Riigikantselei, lk 302
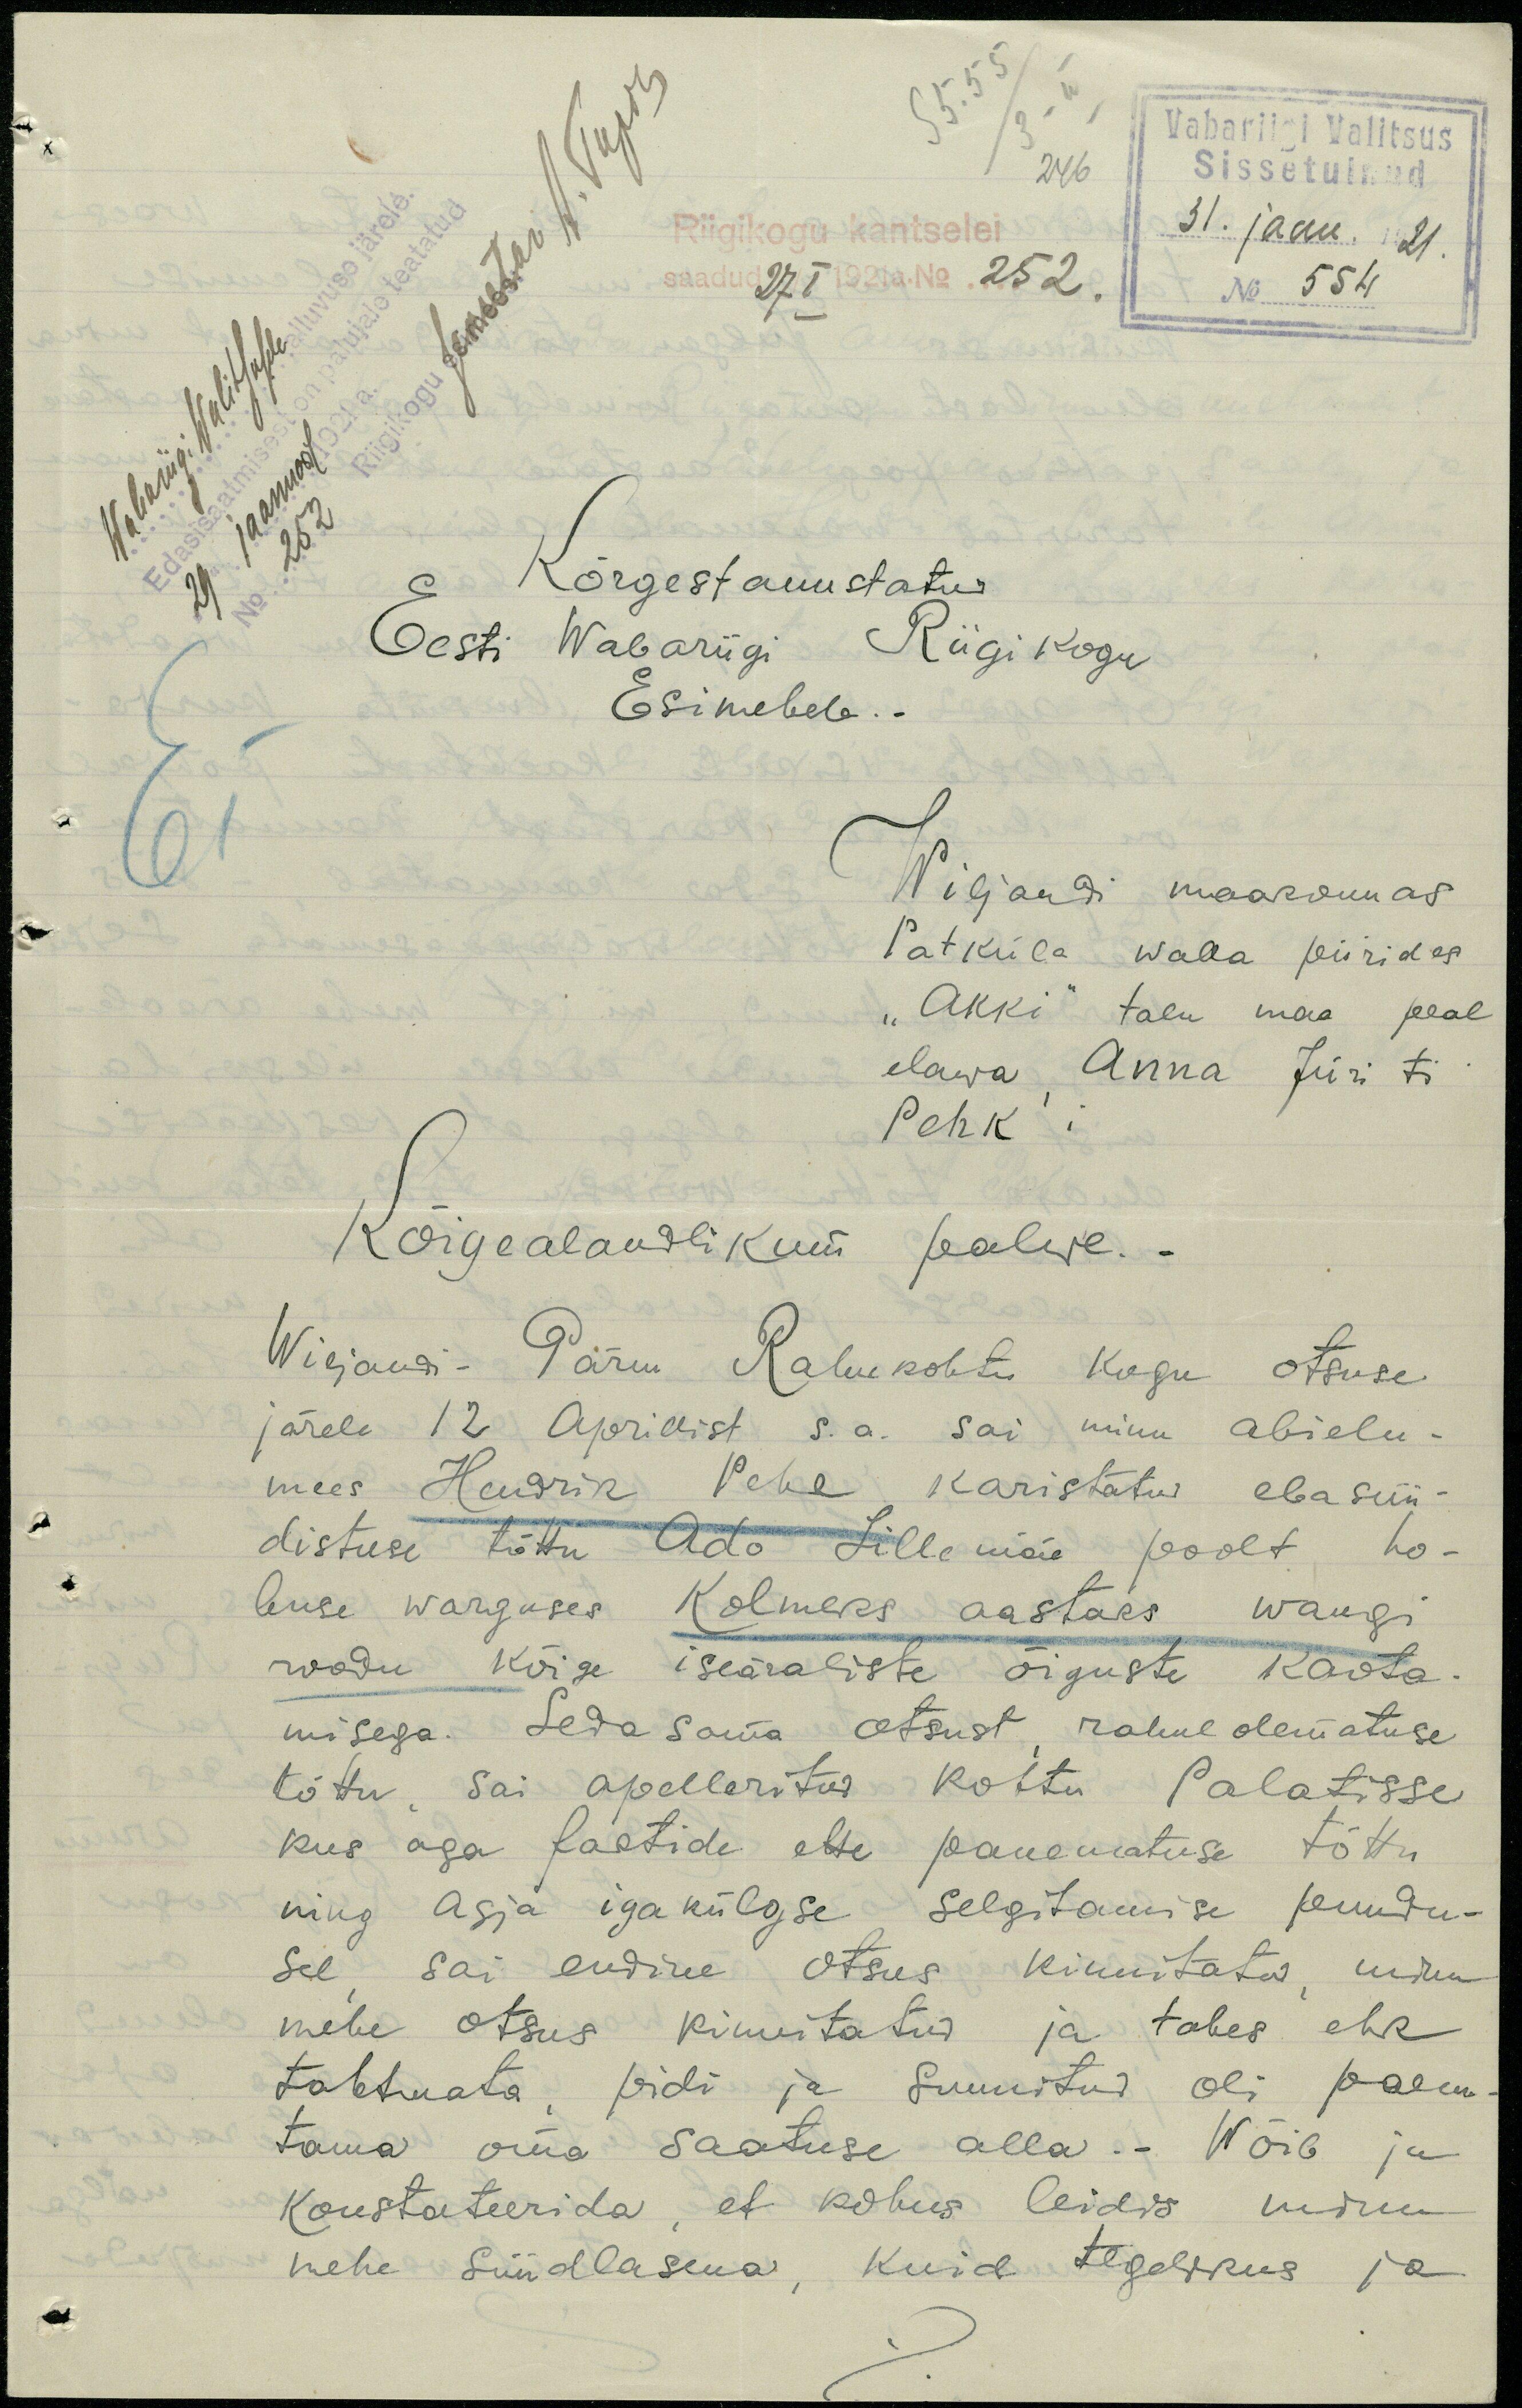
Vabariigi Valitsus
Sissetulnud
Wabariigi Walitsusele
Riigikogu kantselei
31. jaan. 21.
saadud 27 I 1921 a. No. 252.
No 554
Edastamisest on palujale teatatud
"29" jaanuaril 1921 a.
No 252 Riigikogu
Kõrgestauustatud
Eesti Wabariigi Riigikogu
Esimehele.
Wiljandi maakonnas
Ei
Patküla walla piirides
"Akki" talu maa peal
elawa Anna Jüri tr.
Pehk'i
Kõigealandlikum palwe.
Wiljandi-Pärnu Rahukohtu kogu otsuse
järele 12 Aprillist s.a. sai minu abielu-
mees Hendrik Pehe karistatud ebasüü-
distuse tõttu Ado Lillemäe poolt ho-
buse warguses Kolmeks aastaks wangi
roodu kõige iseäraliste õiguste kaota-
misega. Seda sama otsust rahulolematuse
tõttu, sai appelleritud kohtu Palatisse
kus aga faktide ette panematuse tõttu
ning asja igakülgse selgitamise puudu-
sel sai endine otsus kinnitatud, minu
mehe otsus kinnitatud ja tahes ehk
tahtmata, pidi ja sunnitud oli paenu-
tama oma saatuse alla. Wõib ju
konstateerida, et kohus leidis minu
mehe süüdlasena, kuid tegelikus ja